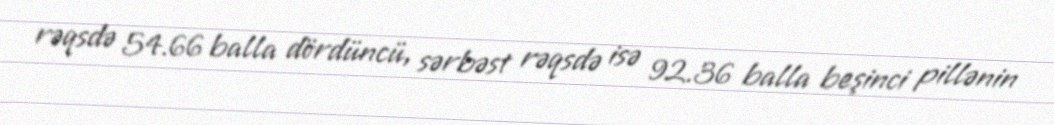
rəqsdə 54.66 balla dördüncü, sərbəst rəqsdə isə 92.36 balla beşinci pillənin